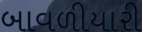
બાવળીયારી